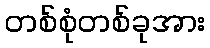
တစ်စုံတစ်ခုအား